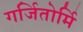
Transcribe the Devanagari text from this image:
गर्जितोर्मि